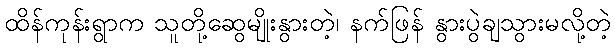
ထိန်ကုန်းရွာက သူတို့ဆွေမျိုးနွားတဲ့၊ နက်ဖြန် နွားပွဲချသွားမလို့တဲ့